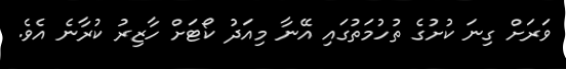
ވަރަށް ގިނަ ކުށުގެ ތުހުމަތުގައި އޭނާ މިއަދު ކޯޓަށް ހާޒިރު ކުރާނެ އެވެ.